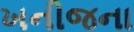
ખનીજના